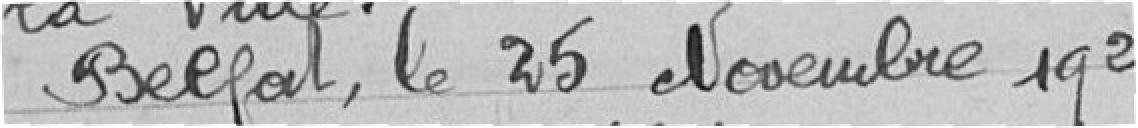
Belfort, le 25 Novembre 1921